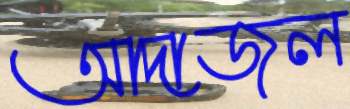
আদাজল